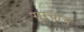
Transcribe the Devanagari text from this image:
गुरूंचाच